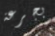
بجرعة